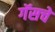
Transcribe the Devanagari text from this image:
गॅसचे